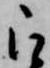
被